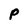
Character: P